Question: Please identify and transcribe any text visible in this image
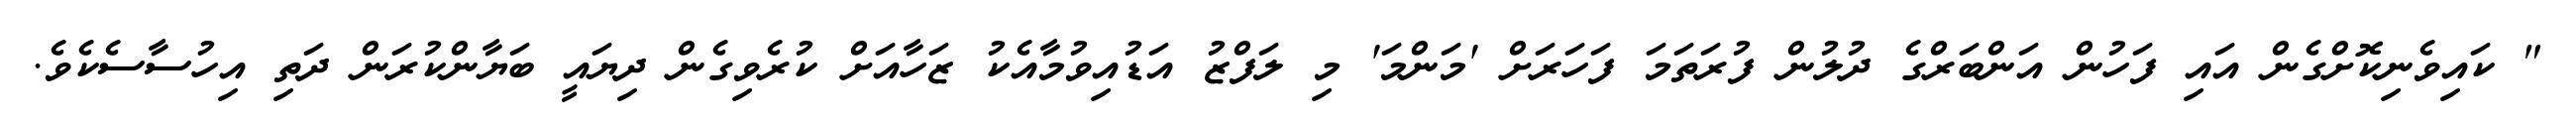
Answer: " ކައިވެނިކޮށްގެން އައި ފަހުން އަންބަރްގެ ދުލުން ފުރަތަމަ ފަހަރަށް 'މަންމަ' މި ލަފްޒު އަޑުއިވުމާއެކު ޒަހާއަށް ކުރެވިގެން ދިޔައީ ބަޔާންކުރަން ދަތި އިހުސާސެކެވެ.